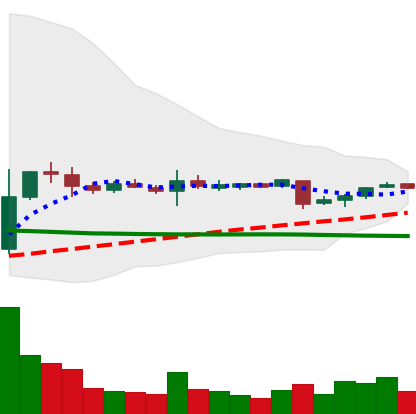
Ticker: XRP-USD
Chart end date: 2018-11-03
Forward return: 8.304%
Label: up_7plus